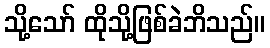
သို့သော် ထိုသို့ဖြစ်ခဲဘိသည်။